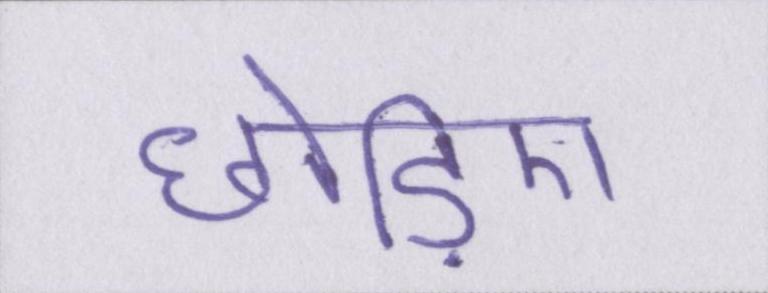
छोड़िए